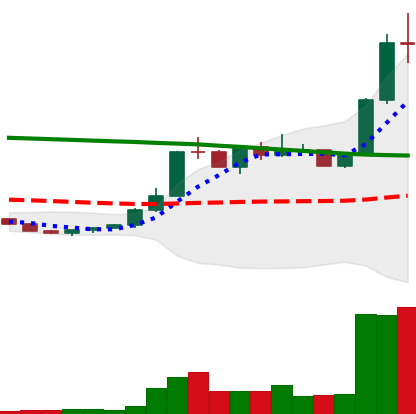
Ticker: ETC-USD
Chart end date: 2022-07-29
Forward return: -11.336%
Label: down_7plus